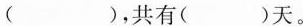
( )，共有( )天。